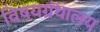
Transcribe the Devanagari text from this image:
विषयग्रंथालय